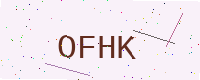
Text: OFHK